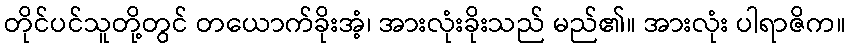
တိုင်ပင်သူတို့တွင် တယောက်ခိုးအံ့၊ အားလုံးခိုးသည် မည်၏။ အားလုံး ပါရာဇိက။